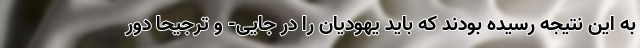
به این نتیجه رسیده بودند که باید یهودیان را در جایی- و ترجیحاً دور